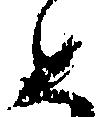
め